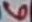
Text: 6